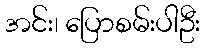
အင်း၊ ပြောစမ်းပါဦး